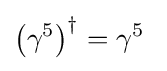
\left(\gamma ^{5}\right)^{\dagger }=\gamma ^{5}~